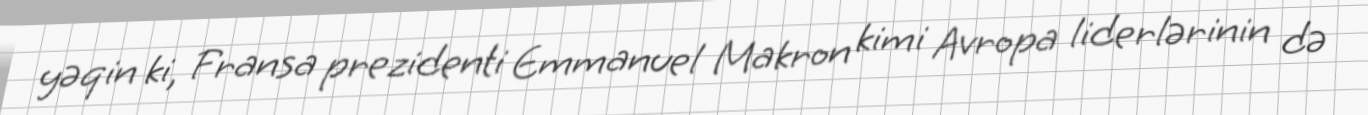
yəqin ki, Fransa prezidenti Emmanuel Makron kimi Avropa liderlərinin də